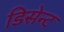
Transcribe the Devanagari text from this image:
डिसेन्ट